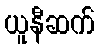
ယူနီဆက်